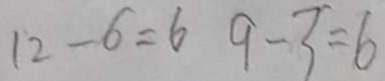
1 2 - 6 = 6 9 - 3 = 6